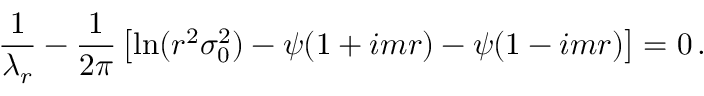
\frac { 1 } { \lambda _ { r } } - \frac { 1 } { 2 \pi } \left[ \ln ( r ^ { 2 } \sigma _ { 0 } ^ { 2 } ) - \psi ( 1 + i m r ) - \psi ( 1 - i m r ) \right] = 0 \, .